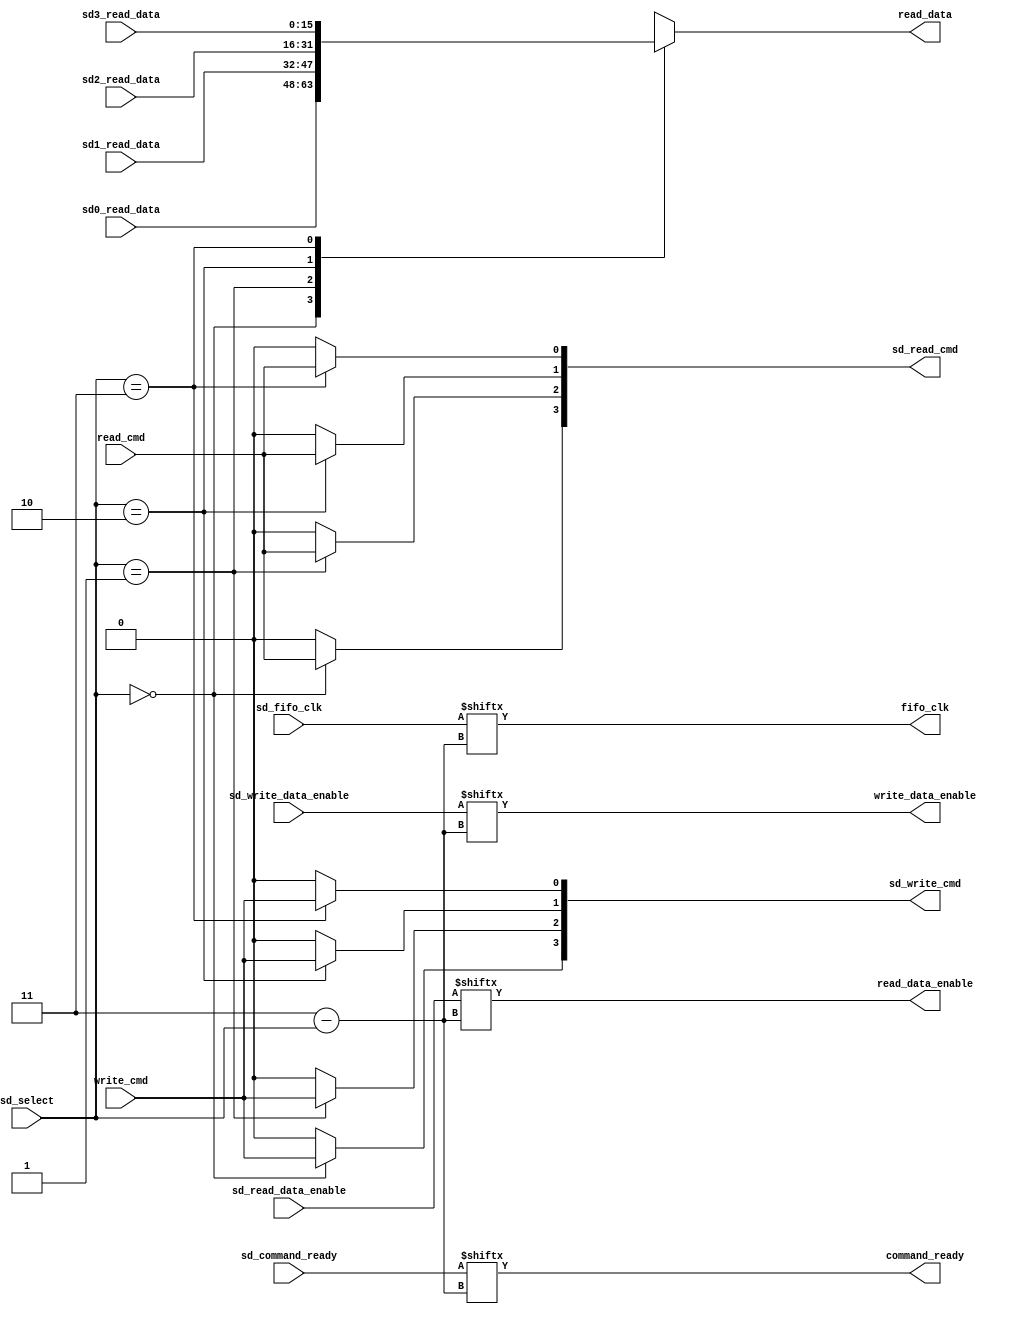
//	-*- mode: Verilog; fill-column: 96 -*-
//
// Connect a Disk Controller to multiple Storage Devices
//
// Copyright 2018 Noel Chiappa and David Bridgham

`timescale 1 ns / 1 ns


module sdmux
  (
   // Disk Controller
   output 	     command_ready, // ready to accept a read or write command
   input 	     read_cmd,
   input 	     write_cmd,
   output 	     fifo_clk, 
   output 	     write_data_enable,
   output reg [15:0] read_data,
   output 	     read_data_enable,

   // selects which Storage Device to use
   input [1:0] 	     sd_select, 

   // Storage Devices
   input [0:3] 	     sd_command_ready,
   output [0:3]      sd_read_cmd,
   output [0:3]      sd_write_cmd,
   input [0:3] 	     sd_fifo_clk,
   input [0:3] 	     sd_write_data_enable,
   input [0:3] 	     sd_read_data_enable,

   // Data lines are separated because Verilog can't use arrays in ports.  That's just stupid
   input [15:0]      sd0_read_data,
   input [15:0]      sd1_read_data,
   input [15:0]      sd2_read_data,
   input [15:0]      sd3_read_data
   );

   assign command_ready = sd_command_ready[sd_select];
   assign fifo_clk = sd_fifo_clk[sd_select];
   assign write_data_enable = sd_write_data_enable[sd_select];
   assign read_data_enable = sd_read_data_enable[sd_select];

   genvar 	 i;
   for (i=0; i<4; i=i+1) begin
      assign sd_read_cmd[i] = (sd_select == i) ? read_cmd : 0;
      assign sd_write_cmd[i] = (sd_select == i) ? write_cmd : 0;
   end

   always @(*) begin
      case (sd_select)
	0: read_data = sd0_read_data;
	1: read_data = sd1_read_data;
	2: read_data = sd2_read_data;
	3: read_data = sd3_read_data;
      endcase
   end

endmodule // sdmux